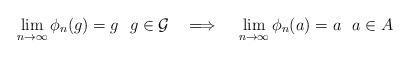
LaTeX: \begin{align*}\lim_{n\to\infty}\phi_n(g)= g~~ g\in \mathcal{G} ~~ \implies ~~ \lim_{n\to\infty}\phi_n(a)= a~~ a\in A\end{align*}